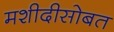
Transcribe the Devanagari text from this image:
मशीदीसोबत